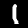
Digit: 1